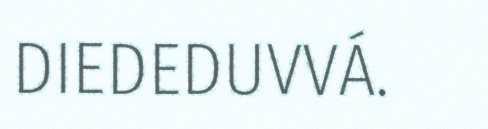
DIEDEDUVVÁ.